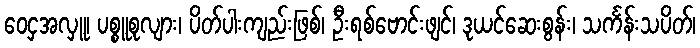
ဝေငှအလှူ၊ ပစ္စူစုလျား၊ ပိတ်ပါးကျည်းဖြစ်၊ ဦးရစ်ဗောင်းဖျင်၊ ဒုယင်ဆေးစွန်း၊ သင်္ကန်းသပိတ်၊